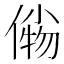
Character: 𰂫